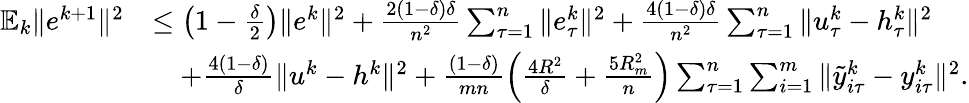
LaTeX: \begin{array}{rl}{\mathbb{E}_{k}\| e^{k+1}\| ^{2}}&{\leq\left(1-\frac{\delta}{2}\right)\| e^{k}\| ^{2}+\frac{2(1-\delta)\delta}{n^{2}}\sum_{\tau=1}^{n}\| e_{\tau}^{k}\| ^{2}+\frac{4(1-\delta)\delta}{n^{2}}\sum_{\tau=1}^{n}\| u_{\tau}^{k}-h_{\tau}^{k}\| ^{2}}\\ &{\quad+\frac{4(1-\delta)}{\delta}\| u^{k}-h^{k}\| ^{2}+\frac{(1-\delta)}{mn}\left(\frac{4R^{2}}{\delta}+\frac{5R_{m}^{2}}{n}\right)\sum_{\tau=1}^{n}\sum_{i=1}^{m}\| {\tilde{y}}_{i\tau}^{k}-y_{i\tau}^{k}\| ^{2}.}\end{array}